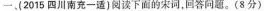
一、(2015四川南充一适〕阅读下面宋词，回答问题。(8分)